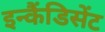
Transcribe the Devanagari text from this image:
इन्कैंडिसेंट